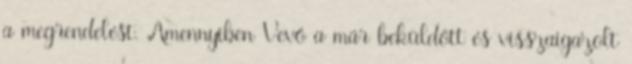
a megrendelést. Amennyiben Vevő a már beküldött és visszaigazolt